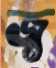
জ্ব